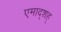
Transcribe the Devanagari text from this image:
एमाद्शह्